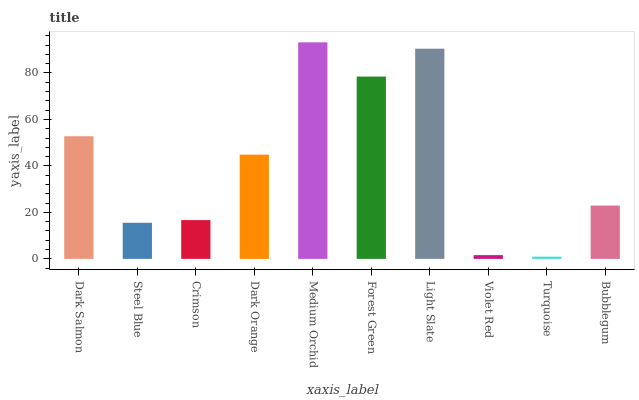
| xaxis_label | bars |
 | --- | --- |
 | Dark Salmon | 52.8 |
 | Steel Blue | 15.5 |
 | Crimson | 16.7 |
 | Dark Orange | 44.8 |
 | Medium Orchid | 93.2 |
 | Forest Green | 78.4 |
 | Light Slate | 90.4 |
 | Violet Red | 1.61 |
 | Turquoise | 0.961 |
 | Bubblegum | 22.9 |